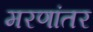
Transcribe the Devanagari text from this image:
मरणांतर